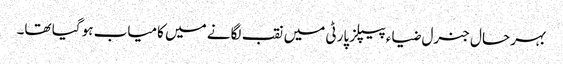
بہر حال جنرل ضیاء پیپلز پارٹی میں نقب لگانے میں کامیاب ہو گیا تھا۔